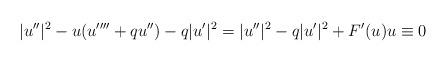
LaTeX: \begin{align*}|u''|^2-u(u''''+qu'')-q|u'|^2=|u''|^2-q|u'|^2+F'(u)u\equiv 0\end{align*}